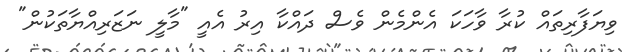
ވިޔަފާރިތައް ކުރާ ވާހަކަ އެންމެން ވެސް ދައްކާ އިރު އެއީ "މާލީ ނަޒަރިއްޔާތަކުން"